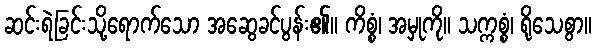
ဆင်းရဲခြင်းသို့ရောက်သော အဆွေခင်ပွန်း၏။ ကိစ္စံ၊ အမှုကို။ သက္ကစ္စံ၊ ရိုသေစွာ။